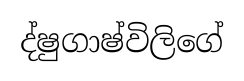
ද්ෂුගාෂ්විලිගේ